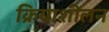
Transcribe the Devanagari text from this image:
क्रियाशीलन